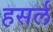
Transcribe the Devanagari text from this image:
हसर्ल